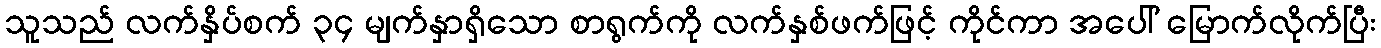
သူသည် လက်နှိပ်စက် ၃၄ မျက်နှာရှိသော စာရွက်ကို လက်နှစ်ဖက်ဖြင့် ကိုင်ကာ အပေါ် မြောက်လိုက်ပြီး